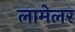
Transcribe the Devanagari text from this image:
लामेलर